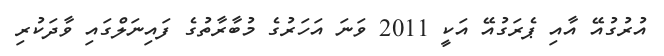
އުރުގުއޭ އާއި ޕެރަގުއޭ އަކީ 2011 ވަނަ އަހަރުގެ މުބާރާތުގެ ފައިނަލްގައި ވާދަކުރި